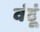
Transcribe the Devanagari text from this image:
वंदूं